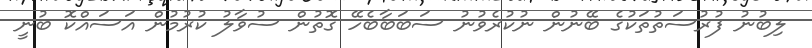
ލިބުނު ފުރުސަތުތަކުގެ ބޭނުން ނުކުރެވުނު ސަބަބާބެހޭ ގޮތުން ސުވާލު ކުރުމުން އަސައްކޮ ބުނީ